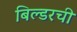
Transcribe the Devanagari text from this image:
बिल्डरची